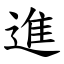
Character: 進